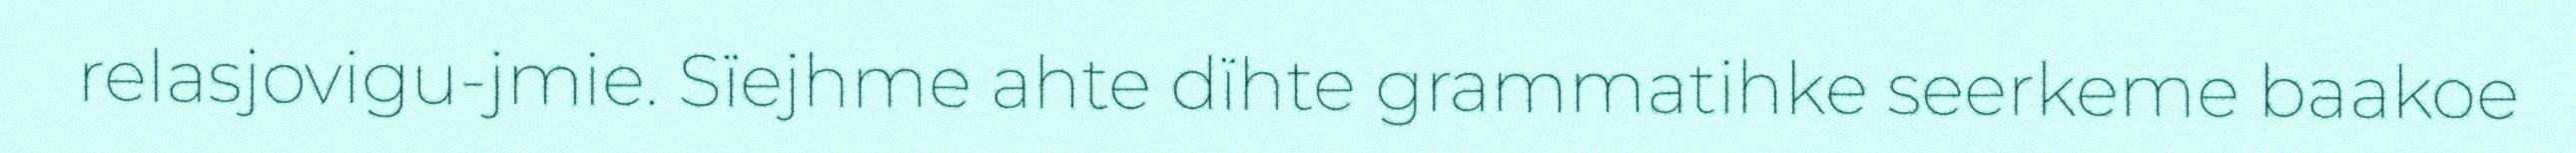
relasjovigu-jmie. Sïejhme ahte dïhte grammatihke seerkeme baakoe